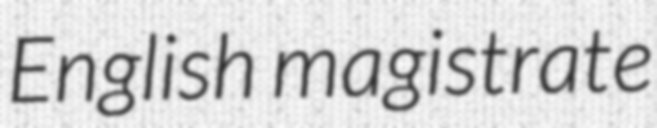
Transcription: English magistrate